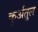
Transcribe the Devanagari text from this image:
कुर्अतुल